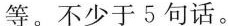
等。不少于5句话。